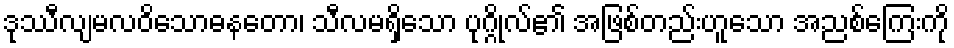
ဒုဿီလျမလဝိသောဓနတော၊ သီလမရှိသော ပုဂ္ဂိုလ်၏ အဖြစ်တည်းဟူသော အညစ်ကြေးကို